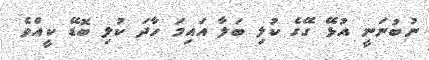
ނުބުނަނީ އުޅޭ ގޭގެ ކުލި ބަލާ އައިމަ ހާދަ ކުލި ބޮޑޭ ކީއްވެ